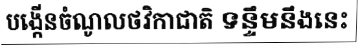
បង្កើនចំណូលថវិកាជាតិ ទន្ទឹមនឹងនេះ